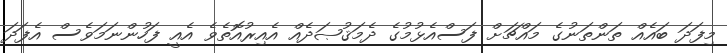
މިފަދަ ބައެއް ތަންތަނުގެ މައްޗަށް ފަސްއެޅުމުގެ ދެމަޤުޞަދެއް އެއިރުއޮތެވެ އެއީ ފަހުންނަމަވެސް އެފަދަ